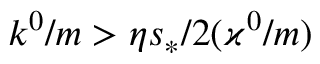
k ^ { 0 } / m > \eta s _ { \ast } / 2 ( \varkappa ^ { 0 } / m )